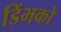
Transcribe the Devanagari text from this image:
डिंभकों